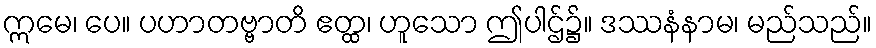
ဣမေ၊ ပေ။ ပဟာတဗ္ဗာတိ ဧတ္ထ၊ ဟူသော ဤပါဌ်၌။ ဒဿနံနာမ၊ မည်သည်။